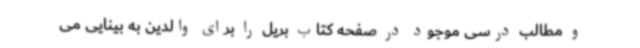
و مطالب درسی موجود در صفحه کتاب بریل را برای والدین به بینایی می